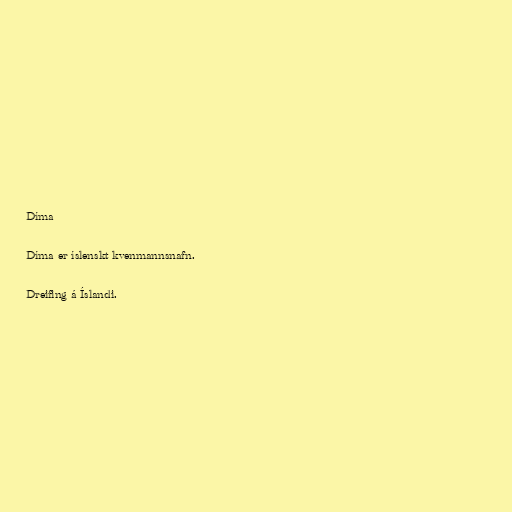
Díma

Díma er íslenskt kvenmannsnafn.

Dreifing á Íslandi.